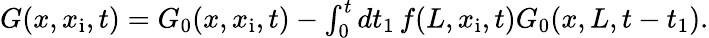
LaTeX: \begin{array}{r}{G(x,x_{\mathrm{i}},t)=G_{0}(x,x_{\mathrm{i}},t)-\int_{0}^{t}dt_{1}\, f(L,x_{\mathrm{i}},t)G_{0}(x,L,t-t_{1}).}\end{array}